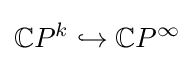
\mathbb {C} P^{k}\hookrightarrow \mathbb {C} P^{\infty }